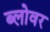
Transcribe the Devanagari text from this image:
ब्लोवर